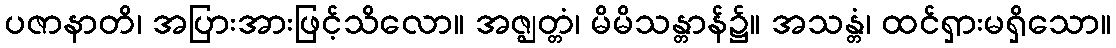
ပဇာနာတိ၊ အပြားအားဖြင့်သိလော။ အဇ္ဈတ္တံ၊ မိမိသန္တာန်၌။ အသန္တံ၊ ထင်ရှားမရှိသော။